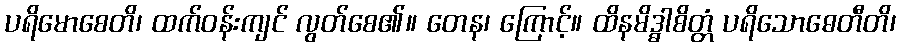
ပရိမောစေတိ၊ ထက်ဝန်းကျင် လွတ်စေ၏။ တေန၊ ကြောင့်။ ထိနမိဒ္ဓါစိတ္တံ ပရိသောဓေတီတိ၊